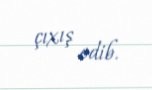
çıxış edib.